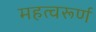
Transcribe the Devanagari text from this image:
महत्वरूर्ण